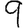
Digit: 9